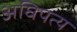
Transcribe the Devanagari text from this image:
अघिपत्य